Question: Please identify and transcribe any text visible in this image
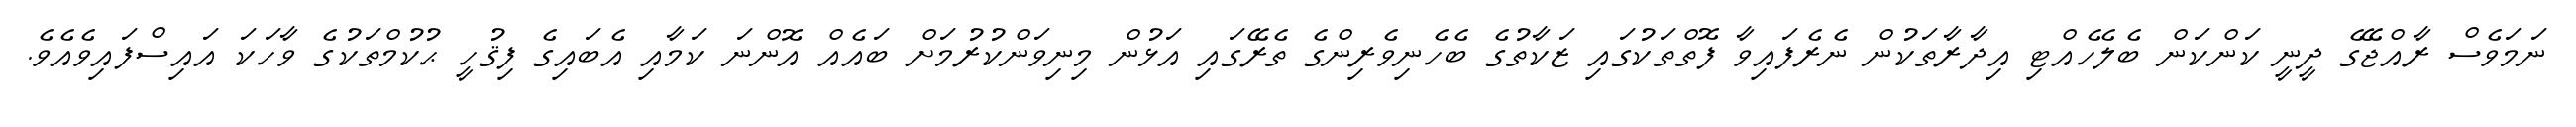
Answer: ނަމަވެސް ރާއްޖޭގެ ދީނީ ކަންކަން ބެލެހެއްޓި އިދާރާތަކުން ނެރެފައިވާ ފޮތްތަކުގައި ޒަކާތުގެ ބެހެނިވެރިންގެ ތެރޭގައި އަޅުން މިނިވަންކުރުމަށް ބައެއް އޮންނަ ކަމާއި އެބައިގެ ފިޤުހީ ޙުކުމްތަކުގެ ވާހަކަ އައިސްފައިވެއެވެ.